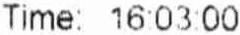
TIME: 16:03:00